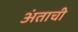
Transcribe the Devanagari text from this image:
अंताची